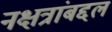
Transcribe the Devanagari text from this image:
नक्षत्रांबद्दल